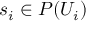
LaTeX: s _ { i } \in P ( U _ { i } )